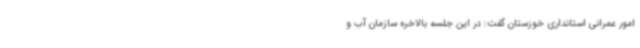
امور عمرانی استانداری خوزستان گفت: در این جلسه بالاخره سازمان آب و